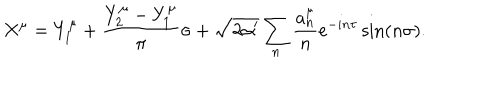
X ^ { \mu } = Y _ { 1 } ^ { \mu } + { \frac { Y _ { 2 } ^ { \mu } - Y _ { 1 } ^ { \mu } } { \pi } } \sigma + \sqrt { 2 \alpha ^ { \prime } } \sum _ { n } { \frac { a _ { n } ^ { \mu } } { n } } e ^ { - i n \tau } \sin ( n \sigma ) .